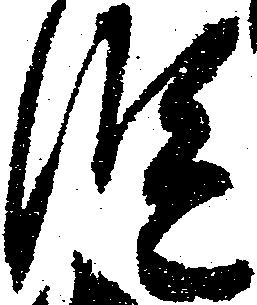
段